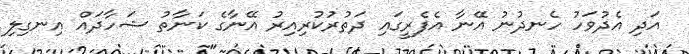
އަދި އެދުވަހު ހެނދުނު އޭނާ އެފެރީގައި ދަތުރުކުރިއިރު އޭނާގެ ކަނާތު ޝަހާދައް އިނގިލި